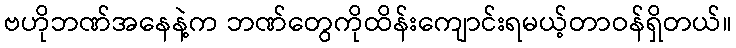
ဗဟိုဘဏ်အနေနဲ့က ဘဏ်တွေကိုထိန်းကျောင်းရမယ့်တာဝန်ရှိတယ်။